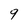
Character: 9